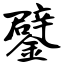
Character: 鐾